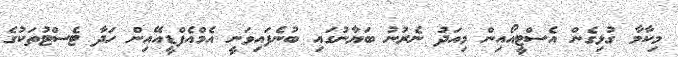
މިކާމާ ގުޅިގެން އެސްޓީއޯއިން މިއަދު ނެރުނު ބަޔާނުގައި ބުނެފައިވަނީ އެމްއެފްޑީއޭއިން ހަދާ ޓެސްޓުތަކުގެ